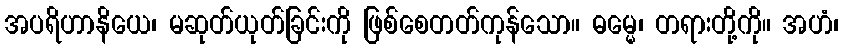
အပရိဟာနိယေ၊ မဆုတ်ယုတ်ခြင်းကို ဖြစ်စေတတ်ကုန်သော။ ဓမ္မေ၊ တရားတို့ကို။ အဟံ၊